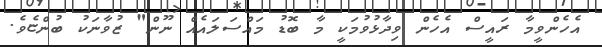
އެހެންވީމާ ރައީސް އެހެން ވިދާޅުވުމަކީ މާ ބޮޑު މައްސަލައެއް ނޫން" ޒުވާނަކު ބުންޏެވެ.